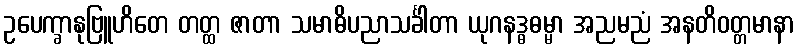
ဥပေက္ခာနုဗြူဟိတေ တတ္ထ ဇာတာ သမာဓိပညာသင်္ခါတာ ယုဂနဒ္ဓဓမ္မာ အညမညံ အနတိဝတ္တမာနာ